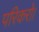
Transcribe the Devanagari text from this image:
परिकरो।